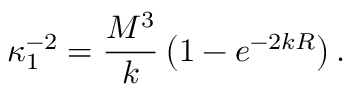
\kappa _ { 1 } ^ { - 2 } = \frac { M ^ { 3 } } { k } \left( 1 - e ^ { - 2 k R } \right) .